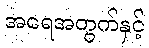
အရေအတွက်နှင့်